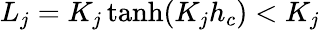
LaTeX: L_{j}=K_{j}\operatorname{tanh}(K_{j}h_{c})<K_{j}